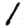
Digit: 1